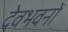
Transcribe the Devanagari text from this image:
देवभवनों